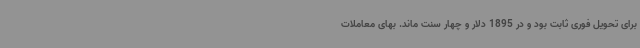
برای تحویل فوری ثابت بود و در 1895 دلار و چهار سنت ماند. بهای معاملات